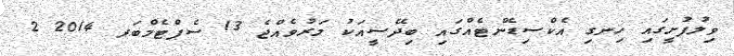
ވިލުފުށީގައި ހިނގި އެކްސިޑެންޓެއްގައި ބިދޭސީއަކު މަރުވެއްޖެ 13 ސެޕްޓެމްބަރ 2014 2